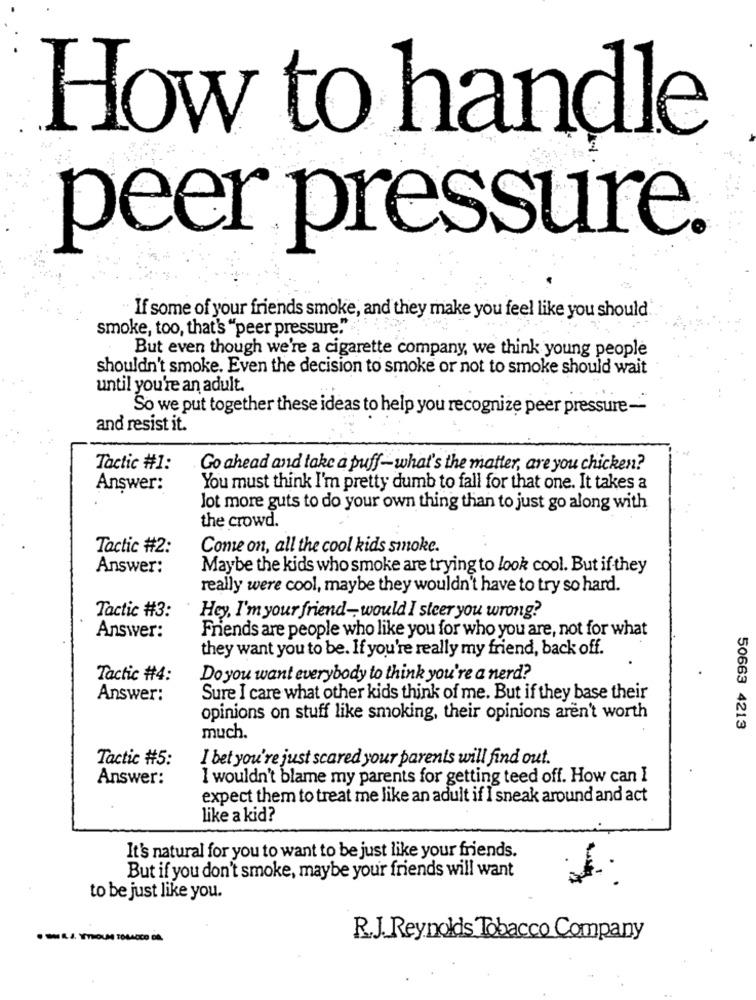
How to handle
peer pressure.
If some of your friends smoke, and they make you feel like you should
smoke, too, that's "peer pressure."
But even though we're a cigarette company, we think young people
shouldn't smoke. Even the decision to smoke or not to smoke should wait
until you're an adult.
So we put together these ideas to help you recognize peer pressure-
and resist it.
Tactic #1:
Go ahead and take a puff-what's the matter, are you chicken?
Answer:
You must think I'm pretty dumb to fall for that one. It takes a
lot more guts to do your own thing than to just go along with
the crowd.
Tactic #2:
Come on, all the cool kids smoke.
Answer:
Maybe the kids who smoke are trying to look cool. But if they
really were cool, maybe they wouldn't have to try so hard.
Tactic #3:
Hey, I'm your friend- would I steer you wrong?
Friends are people who like you for who you are, not for what
Answer:
they want you to be. If you're really my friend, back off.
Tactic #4:
Do you want everybody to think you're a nerd?
Answer:
Sure I care what other kids think of me. But if they base their
opinions on stuff like smoking, their opinions aren't worth
50663 4213
much.
Tactic #5:
I bet you're just scared your parents will find out.
Answer:
I wouldn't blame my parents for getting teed off. How can I
expect them to treat me like an adult if I sneak around and act
like a kid?
It's natural for you to want to be just like your friends.
But if you don't smoke, maybe your friends will want
to be just like you.
· - A-4. VYROUN TOBACCO DA
R.J. Reynolds Tobacco Company